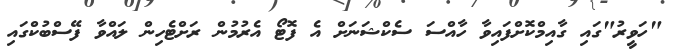
"ހަވީރު"ގައި ގާއިމްކޮށްފައިވާ ހާއްސަ ސެކްޝަނަށް އެ ފޮޓޯ އެރުމުން ރަށްޓެހިން ލައްވާ ފޭސްބުކްގައި